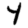
Digit: 4